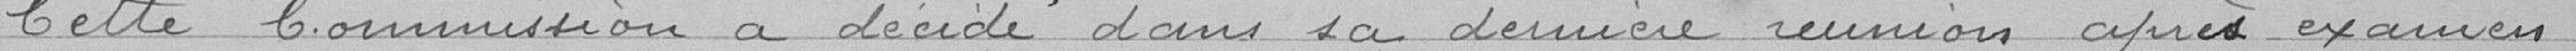
Cette Commission a décidé dans sa dernière réunion après examen